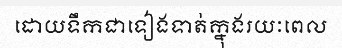
ដោយទឹកជាទៀងទាត់ក្នុងរយៈពេល